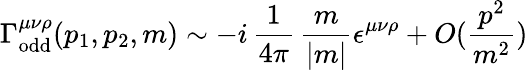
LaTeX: \Gamma_{\mathrm{odd}}^{\mu\nu\rho}(p_{1},p_{2},m)\sim-i\, \frac{1}{4\pi}\, \frac{m}{|m|}\epsilon^{\mu\nu\rho}+O(\frac{p^{2}}{m^{2}})